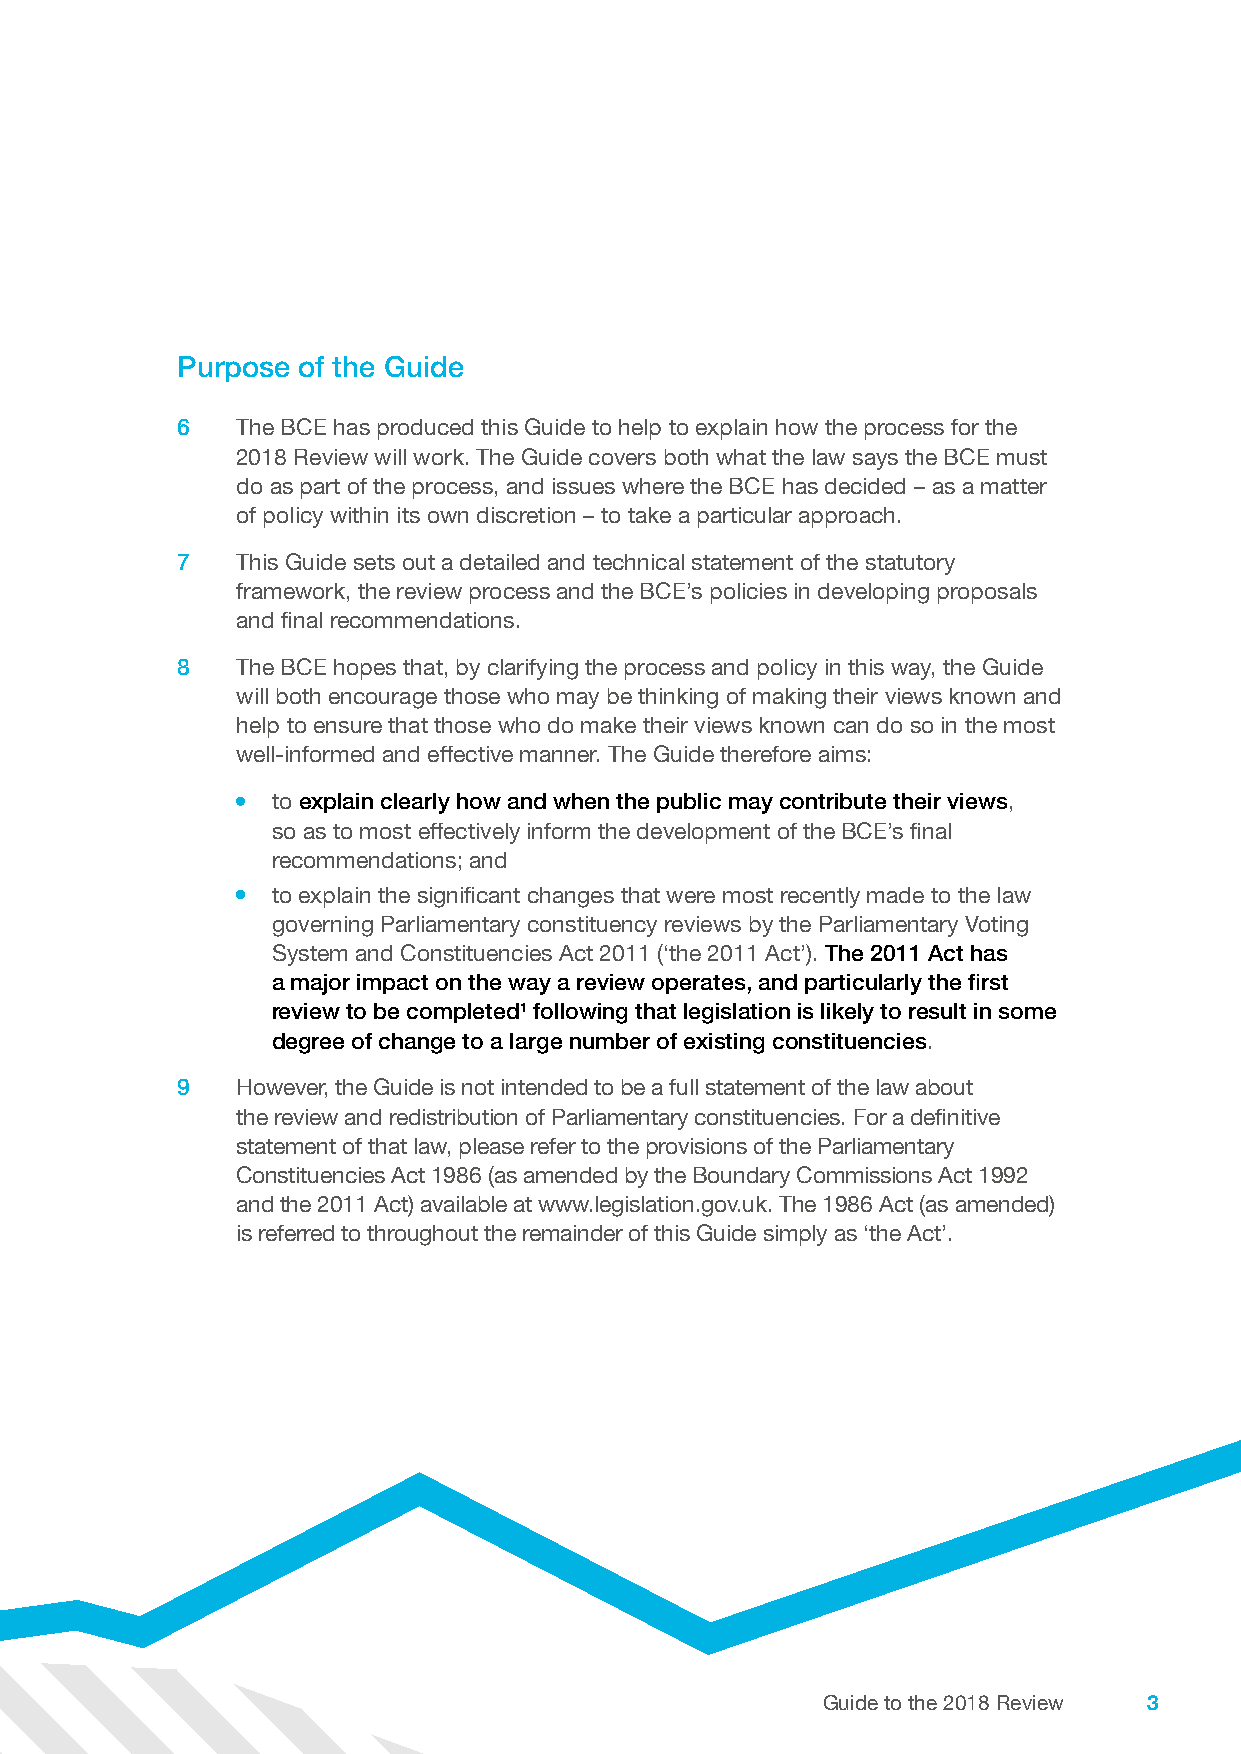
Purpose of the Guide
 6   The BCE has produced this Guide to help to explain how the process for the
 2018 Review will work. The Guide covers both what the law says the BCE must
 do as part of the process, and issues where the BCE has decided – as a matter
 of policy within its own discretion – to take a particular approach.
 7   This Guide sets out a detailed and technical statement of the statutory
 framework, the review process and the BCE’s policies in developing proposals
 and final recommendations.
 8   The BCE hopes that, by clarifying the process and policy in this way, the Guide
 will both encourage those who may be thinking of making their views known and
 help to ensure that those who do make their views known can do so in the most
 well-informed and effective manner. The Guide therefore aims:
 • to explain clearly how and when the public may contribute their views,
 so as to most effectively inform the development of the BCE’s final
 recommendations; and
 • to explain the significant changes that were most recently made to the law
 governing Parliamentary constituency reviews by the Parliamentary Voting
 System and Constituencies Act 2011 (‘the 2011 Act’). The 2011 Act has
 a major impact on the way a review operates, and particularly the first
 review to be completed1 following that legislation is likely to result in some
 degree of change to a large number of existing constituencies.
 9   However, the Guide is not intended to be a full statement of the law about
 the review and redistribution of Parliamentary constituencies. For a definitive
 statement of that law, please refer to the provisions of the Parliamentary
 Constituencies Act 1986 (as amended by the Boundary Commissions Act 1992
 and the 2011 Act) available at www.legislation.gov.uk. The 1986 Act (as amended)
 is referred to throughout the remainder of this Guide simply as ‘the Act’.
 Guide to the 2018 Review 3